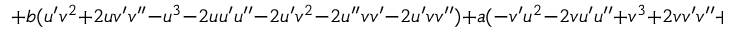
+ b ( u ^ { \prime } v ^ { 2 } + 2 u v ^ { \prime } v ^ { \prime \prime } - u ^ { 3 } - 2 u u ^ { \prime } u ^ { \prime \prime } - 2 u ^ { \prime } v ^ { 2 } - 2 u ^ { \prime \prime } v v ^ { \prime } - 2 u ^ { \prime } v v ^ { \prime \prime } ) + a ( - v ^ { \prime } u ^ { 2 } - 2 v u ^ { \prime } u ^ { \prime \prime } + v ^ { 3 } + 2 v v ^ { \prime } v ^ { \prime \prime } + 2 v ^ { \prime } u ^ { 2 } + 2 v ^ { \prime \prime } u u ^ { \prime } + 2 v ^ { \prime } u u ^ { \prime \prime } )